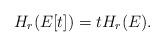
LaTeX: \begin{align*}H_r(E[t])=tH_r(E).\end{align*}